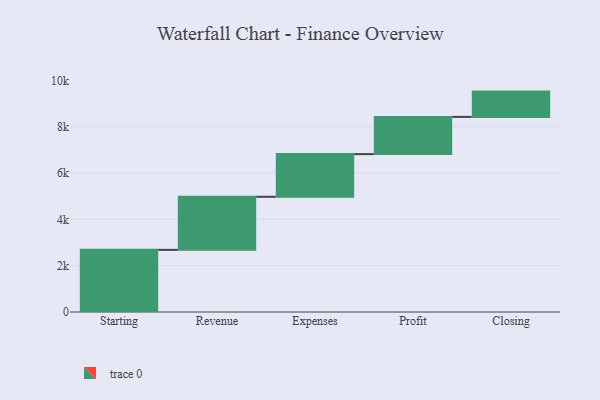
{"axis": {"x": "Step", "y": "Value"}, "legend": [""], "data": [{"x": "Starting", "y": 2682.0, "type": ""}, {"x": "Revenue", "y": 2291.0, "type": ""}, {"x": "Expenses", "y": 1842.0, "type": ""}, {"x": "Profit", "y": 1606.0, "type": ""}, {"x": "Closing", "y": 1092.0, "type": ""}]}